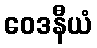
ဝေဒနီယံ